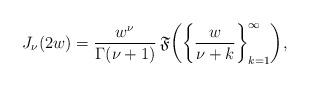
LaTeX: \begin{align*} J_{\nu}(2w)=\frac{w^{\nu}}{\Gamma(\nu+1)}\, \mathfrak{F}\!\left(\left\{ \frac{w}{\nu+k}\right\}_{k=1}^{\infty}\right)\!, \end{align*}